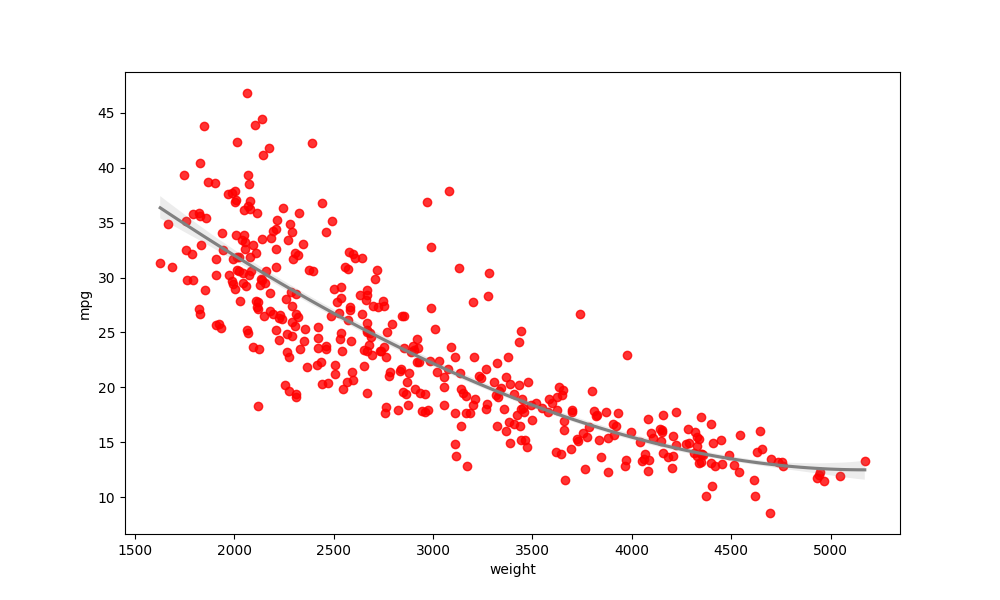
python, seaborn, regplot, order=3, ci=68, scatter_color=red, line_color=gray